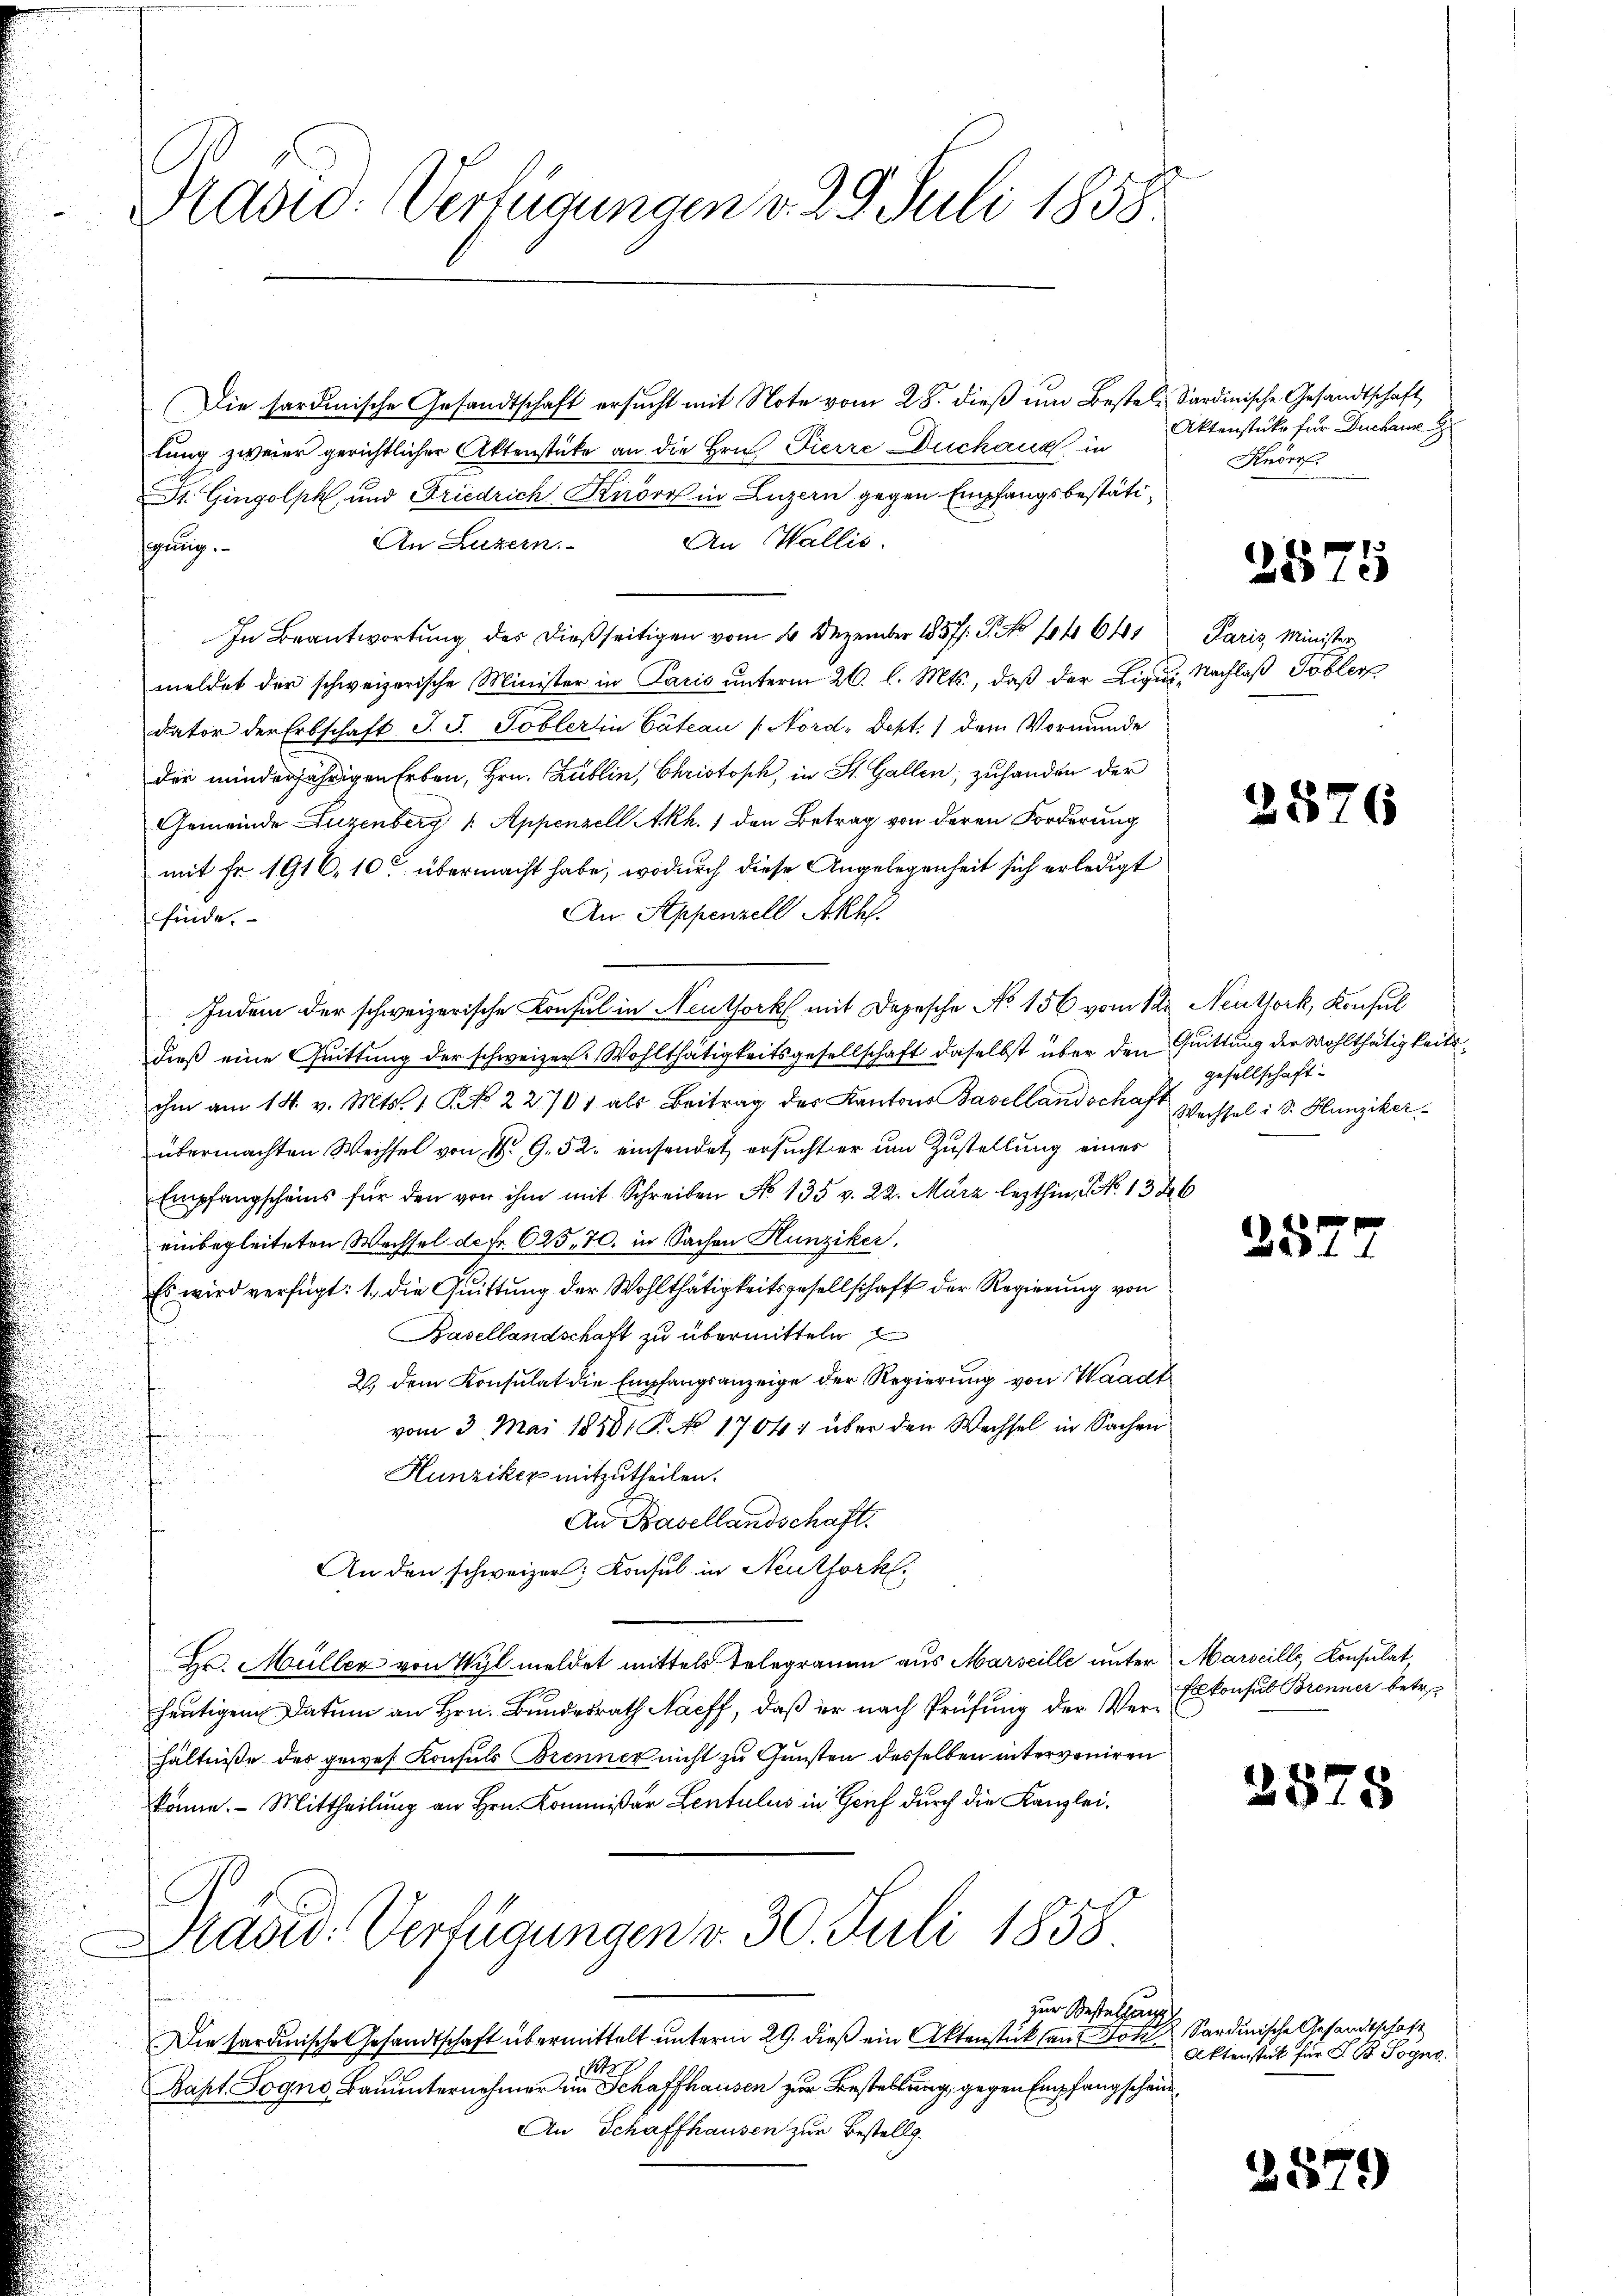
Präsid. Verfügungen v. 29. Juli 1858.

Die sardinische Gesandtschaft ersucht mit Note vom 28. dieß um Bestellung zweier gerichtlicher Aktenstüke an die Hrn. Fierre Duchang in
St. Gingolph und Friedrich Knorr in Luzern gegen Empfangsbestäti¬
An Wallis.
An Luzern.
sagung.
In Beantwortung des dießseitigen vom 4. Dezember 1857. P. No 1464
meldet der schweizerische Minister in Paris unterm 26. l. Mts., daß der Liqui, Nachlaß Tobler
dator der Erbschaft J. J. Tobler in Cateau / Nord. Dept. 1 dem Vormunde
die minderjährigen Erben, Hrn. Publin, Christoph, in St. Gallen, zuhanden der
Gemeinde Luzenberg /: Appenzell Akh. 1 den Betrag von deren Forderung
mit Fr. 1916, 10 übermacht habe, wodurch diese Angelegenheit sich erledigt
An Appenzell Akk
finde.
Indem der schweizerische Konsul in Neuthork mit Dosche No 156 vom 12. Neuthork, Konsul
dieß eine Quittung der schweizer. Wohlthätigkeitsgesellschaft daselbst über den Quittung der Wohlthätigkeitsihm am 14. v. Mts. 1 No 22701 als Beitrag des Kantons Basellandschaft
übermachten Wechsel von Nr 9. 52. einsendet ersucht er um Zustellung eines
Empfangscheins für den von ihm mit Schreiben No 135 v. 22. März lezthin, No 13
einbegleiteten Wechsel de fr. 625,70. in Sachen Hunziker,
Es wird verfügt: 1. die Quittung der Wohlthätigkeitsgesellschaft der Regierung von
Basellandschaft zu übermitteln
2. dem Konsulat die Empfangsanzeige der Regierung von Waadt
vom 3. Mai 1881 S. N. 1704 über den Wechsel in Sachen
Hunziker mitzutheilen.
An Basellandschaft.
An den schweizer, Konsul in Neuthork
Hr. Müller von Wyl meldet mittels Telegramm aus Marseille unter
heutigem Datum an Hrn. Bundesrath Naeff, daß er nach Prüfung der Verhältniße des gewes Konsuls Brenner nicht zu Gunsten desselben interveniren
könne. - Mittheilung an Hrn. Kommißär Lentulus in Genf durch die Kanzlei¬
Präsid. Verfügungen v. 30. Juli 1858
zur Bestellung
Die Sardinische Gesandtschaft übermittelt unterm 29. dieß ein Aktenstück an Dok
1
Bapt. Sogno, Bauunternehmer im Schaffhausen zur Bestellung, gegen Empfangschein¬
An Schaffhausen zur Bestellg.

Sardinische Gesandtschaft
Aktenstüke für Durchause
Knorr

6

2575

Paris Minister

2576

gesellschaft.
Wechsel i S. Hunziker

257

Marseille Konsulat
Exkonsul Brenner betr.

2875

Sardinische Gesandtschaft
Aktenstück für S. B. Sogno

2579